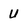
Character: U